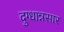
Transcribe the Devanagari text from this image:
दुग्धान्नसार